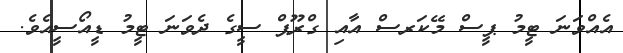
އެއްވަނަ ޓީމު ޕީސް މޭކަރސް އާއި ގްރޫޕް ސީގެ ދެވަނަ ޓީމު ޑީއޯސީއެވެ.